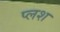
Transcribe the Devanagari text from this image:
प्लश